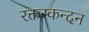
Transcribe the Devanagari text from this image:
रक्तस्कन्दन